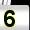
Digit: 5